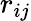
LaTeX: r_{ij}